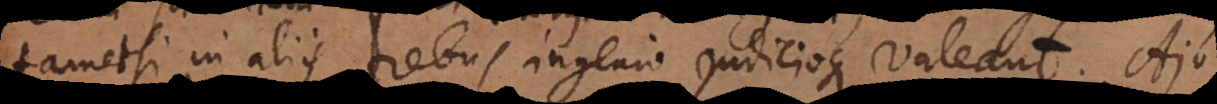
tametsi in aliis rebus ingenio judicioque valeant. Ajo